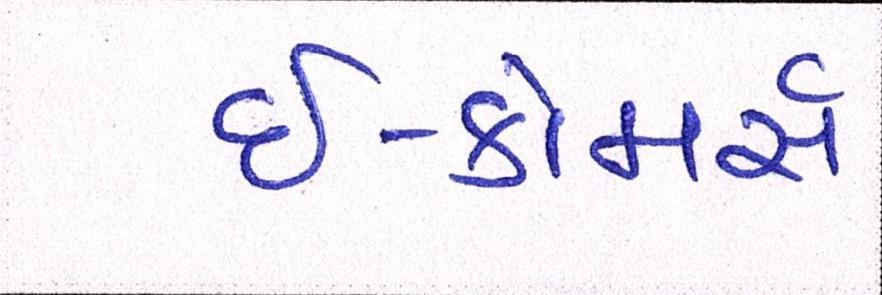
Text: ઇ-કોમર્સ